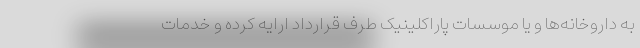
به داروخانه‌ها و یا موسسات پاراکلینیک طرف قرارداد ارایه کرده و خدمات